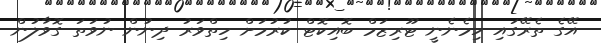
އޭގެ ތެރޭގައި ހިމެނެނީ ޓޫރިޒަމް ބޮއިކޮޓް ކުރުމަށް ހިތްވަރު ދިނުން ނުވަތަ ގޮވާލުން